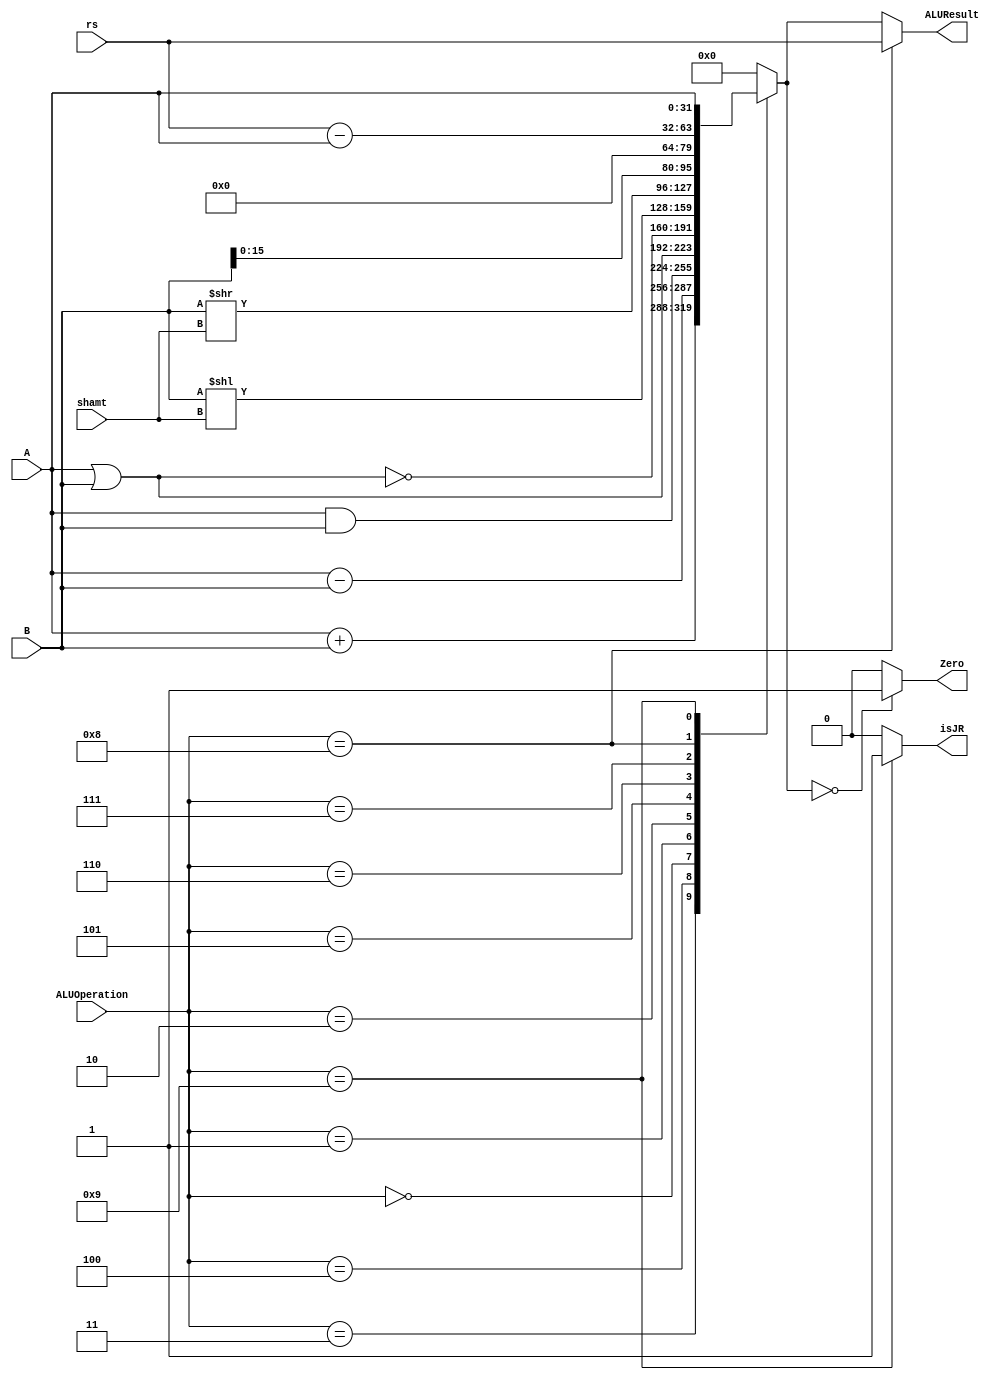
/******************************************************************
* Description
*	This is an 32-bit arithetic logic unit that can execute the next set of operations:
*		add
*		sub
*		or
*		and
*		nor
* This ALU is written by using behavioral description.
* Version:
*	1.0
* Author:
*	Dr. Jos Luis Pizano Escalante
* email:
*	luispizano@iteso.mx
* Date:
*	01/03/2014
******************************************************************/
//Cambio
module ALU 
(
	input [3:0] ALUOperation,
  input [31:0] rs, //nuevo param.
	input [31:0] A,
	input [31:0] B,
	input [4:0] shamt,
	output reg Zero,
	output reg isJR,
	output reg [31:0]ALUResult
);

//nuestra convencin
localparam AND 	= 4'b0000;
localparam OR  	= 4'b0001;
localparam NOR 	= 4'b0010;
localparam ADD 	= 4'b0011;
localparam SUB 	= 4'b0100;
localparam SLL 	= 4'b0101;
localparam SRL 	= 4'b0110;
localparam LUI 	= 4'b0111;
localparam BRANCH = 4'b1000;
localparam JR 		= 4'b1001;


   always @ (A or B or ALUOperation)
     begin
		case (ALUOperation)
		  ADD: // add
			ALUResult=A + B;
		  SUB: // sub
			ALUResult=A - B;
		  AND:
			ALUResult=A & B;
		  OR:
			ALUResult=A | B;
		  NOR:
			ALUResult=~(A|B);
		  SLL:
			ALUResult=B << shamt;
		  SRL:
			ALUResult=B >> shamt;
		  LUI:
			ALUResult= {B[15:0], 16'h0000};
		  BRANCH:
			ALUResult = rs - A;
		  JR:
			ALUResult= A;
		default:
			ALUResult= 0;
		endcase // case(control)
		Zero = (ALUResult==0) ? 1'b1 : 1'b0;
		ALUResult = (ALUOperation == BRANCH)? rs : ALUResult;
		isJR = (ALUOperation == JR) ? 1'b1 : 1'b0;
     end // always @ (A or B or control)
endmodule // alu